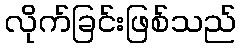
လိုက်ခြင်းဖြစ်သည်